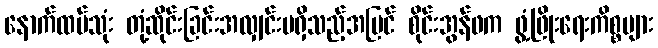
နောက်ထပ်သုံး တုံ့ဆိုင်းခြင်းအလျှင်းမရှိသည့်အပြင် စိုင်းအွန်ဖက ဖွံ့ဖြိုးရေးကိစ္စများ